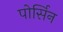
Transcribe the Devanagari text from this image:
पोर्सिन